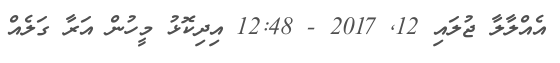
އެެއްލާލާ ޖުލައި 12